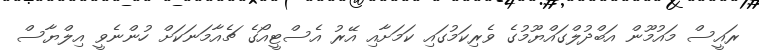
ރައީސް މައުމޫން އަބްދުލްގައްޔޫމުގެ ވެރިކަމުގައި ކަމަށާއި އޭރު އެސްޓީއޯގެ ޗެއާމަނަކަށް ހުންނެވީ އިލްޔާސް